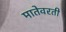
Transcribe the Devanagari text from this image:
मातेवरती